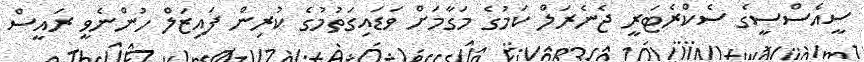
ސީއެސްސީގެ ސެކްރެޓަރީ ޖެނެރަލް ކަމުގެ މަގާމަށް ވަޑައިގަތުމުގެ ކުރިން ފައިޒަލް ހުންނެވީ ރައީސް